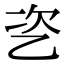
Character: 乲